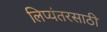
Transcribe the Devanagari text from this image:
लिप्यंतरसाठी